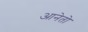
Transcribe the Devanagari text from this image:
आनेतो